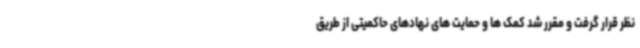
نظر قرار گرفت و مقرر شد کمک ها و حمایت های نهادهای حاکمیتی از طریق